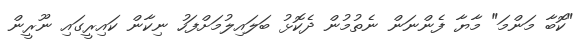
"ކޮބާ މަންމަ" މާޔާ ފެންނަން ނެތުމުން ދެކޮޅު ބަލައިލުމަށްފަހު ނިކާން ކައިރީގައި ނޫރީން